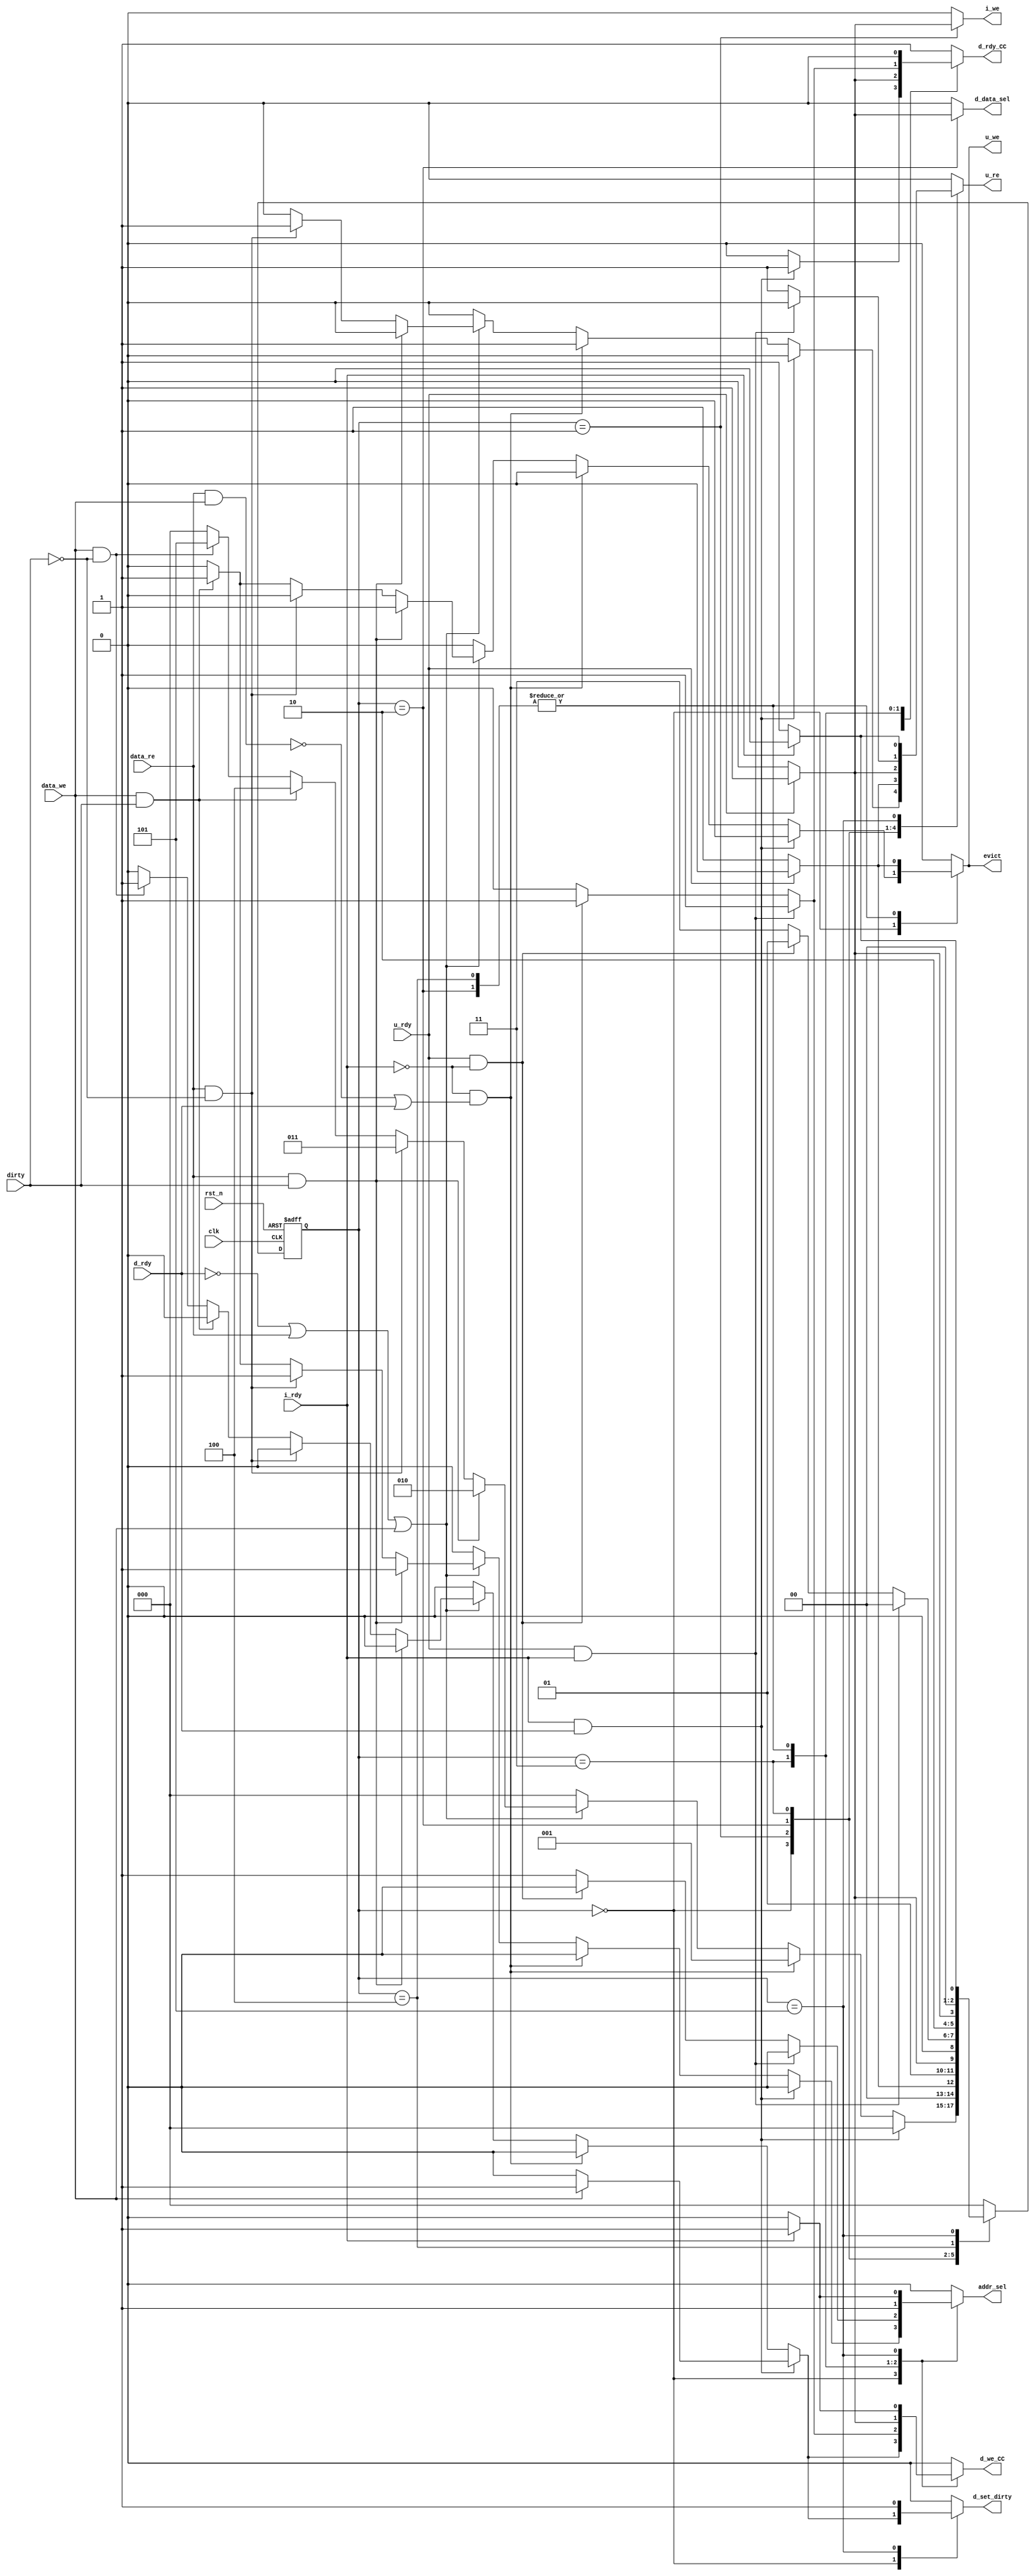
module cache_controller(
	// Inputs
	clk, rst_n, i_rdy, d_rdy, u_rdy, data_re, data_we, dirty,
	// Outputs
	u_re, u_we, d_we_CC, i_we, addr_sel, d_set_dirty, evict, d_data_sel, d_rdy_CC //, stall
	);
	
	// Inputs
	input wire clk, rst_n, i_rdy, d_rdy, dirty, u_rdy, data_re, data_we;
	
	// Outputs
	output reg u_re, u_we, i_we, addr_sel, d_set_dirty, evict, d_data_sel, d_we_CC, d_rdy_CC;//, stall;
	
	reg [2:0] current_state, next_state;

	localparam state_idle = 3'b000;
	localparam state_i_rd = 3'b001;
	localparam state_d_rd_evict = 3'b010;
	localparam state_d_rd_miss = 3'b011;
	localparam state_d_w_evict = 3'b100;
	localparam state_d_w_miss = 3'b101;
	

	
	always@(posedge clk, negedge rst_n) begin
		if(~rst_n)begin
			current_state <= 3'b000;
		end
		else begin
			current_state <= next_state;
		end
	end
	
	always@(current_state, i_rdy, u_rdy, d_rdy, dirty, data_re, data_we) begin
		// Defaults
		next_state = state_idle;
		evict = 0;
		u_re = 0;
		u_we = 0;
		//d_re = 0;
		d_we_CC = 0;
		i_we = 0;
		addr_sel = 0;
		d_set_dirty = 0;
		d_data_sel = 0;
		d_rdy_CC = 0;
		//stall = 0;
		
		case(current_state)
		
			/* Idle state */
			state_idle : begin
				if(i_rdy & d_rdy) begin
					next_state = state_idle;
					evict = 0;
					u_re = 0;
					u_we = 0;
					//d_re = 0;
					i_we = 0;
					addr_sel = 0;
					d_data_sel = 0;
					d_rdy_CC = 1;
					if(data_we) begin
						d_set_dirty = 1;
						d_we_CC = 1;
					end
					else begin
						d_set_dirty = 0;
						d_we_CC = 0;
					end
					//stall = 0;
				end
				else if (~i_rdy & (~(data_re & data_we) | d_rdy)) begin// & d_rdy & ~(d_re || d_we_CC)) begin
					next_state = state_i_rd;
					evict = 0;
					u_re = 1;
					u_we = 0;
					//d_re = 0;
					d_we_CC = 0;
					i_we = 0;
					addr_sel = 0;
					d_set_dirty = 0;
					d_data_sel = 0;
					d_rdy_CC = 0;
					//stall = 1;
				end
				else if (~d_rdy | data_re | data_we) begin
					if(data_re & dirty) begin // Here we evict data before handling the miss
						next_state = state_d_rd_evict;
						evict = 1; // Choose the reconstructed address for data being evicted
						u_re = 0;
						u_we = 1;
						//d_re = 0;
						d_we_CC = 0;
						i_we = 0;
						addr_sel = 1;
						d_set_dirty = 0;
						d_data_sel = 0;
						d_rdy_CC = 0;
					end
					else if(data_re & ~dirty) begin
						next_state = state_d_rd_miss;
						evict = 0;
						u_re = 1;
						u_we = 0;
						//d_re = 0;
						d_we_CC = 0;
						i_we = 0;
						addr_sel = 1;
						d_set_dirty = 0;
						d_data_sel = 0;
						d_rdy_CC = 0;
					end
					else if(data_we & dirty) begin // Here we evict data before handling the miss
						next_state = state_d_w_evict;
						evict = 1;
						u_re = 0;
						u_we = 1;
						//d_re = 0;
						d_we_CC = 0;
						i_we = 0;
						addr_sel = 1;
						d_set_dirty = 0;
						d_data_sel = 0;
						d_rdy_CC = 0;
					end
					else if(data_we & (~dirty/* || dirty === 1'bx*/)) begin
						next_state = state_d_w_miss;
						evict = 0;
						u_re = 0;
						u_we = 0;
						//d_re = 0;
						d_we_CC = 1;
						i_we = 0;
						addr_sel = 0;
						d_set_dirty = 1;
						d_data_sel = 0;
						d_rdy_CC = 0;
					end
				end
			end
			
			/* i_rd state : when there is an I-cache miss */
			state_i_rd : begin
				if(u_rdy) begin
					next_state = state_idle;
					evict = 0;
					u_re = 0;
					u_we = 0;
					//d_re = 0;
					d_we_CC = 0;
					i_we = 1;
					addr_sel = 0;
					d_set_dirty = 0;
					d_rdy_CC = 1;
				end
				else begin
					next_state = state_i_rd;
					evict = 0;
					u_re = 1;
					u_we = 0;
					//d_re = 0;
					d_we_CC = 0;
					i_we = 0;
					addr_sel = 0;
					d_set_dirty = 0;
					d_rdy_CC = 0;
				end
			end
			
			
			/* */
			state_d_rd_evict : begin
				if(u_rdy) begin
					next_state = state_d_rd_miss;
					evict = 0;
					u_re = 1;
					u_we = 0;
					//d_re = 0;
					d_we_CC = 1;
					i_we = 0;
					addr_sel = 1;
					d_set_dirty = 0;
					d_data_sel = 1;
					d_rdy_CC = 0;
				end
				else begin
					next_state = state_d_rd_evict;
					evict = 1;
					u_re = 0;
					u_we = 1;
					//d_re = 0;
					d_we_CC = 0;
					i_we = 0;
					addr_sel = 1;
					d_set_dirty = 0;
					d_data_sel = 0;
					d_rdy_CC = 0;
				end
			end
			
			
			/* */ 
			state_d_rd_miss : begin
				if(u_rdy & i_rdy) begin
					next_state = state_idle;
					evict = 0;
					u_re = 0;
					u_we = 0;
					//d_re = 0;
					d_we_CC = 1;
					i_we = 0;
					addr_sel = 0;
					d_set_dirty = 0;
					d_rdy_CC = 1;	
				end
				else if(u_rdy & ~i_rdy) begin
					next_state = state_i_rd;
					evict = 0;
					u_re = 1;
					u_we = 0;
					//d_re = 0;
					d_we_CC = 1;
					i_we = 0;
					addr_sel = 0;
					d_set_dirty = 0;
					d_rdy_CC = 1;	
				end
				else begin
					next_state = state_d_rd_miss;
					evict = 0;
					u_re = 1;
					u_we = 0;
					//d_re = 0;
					d_we_CC = 0;
					i_we = 0;
					addr_sel = 1;
					d_set_dirty = 0;	
					d_rdy_CC = 0;	
				end
			end
			
			
			/* */
			state_d_w_evict : begin
				if(u_rdy) begin
					next_state = state_d_w_miss;
					evict = 0;
					u_re = 0;
					u_we = 0;
					//d_re = 0;
					d_we_CC = 1;
					i_we = 0;
					addr_sel = 1;
					d_set_dirty = 0;
					d_data_sel = 0;		
					d_rdy_CC = 0;						
				end
				else begin
					next_state = state_d_w_evict;
					evict = 1;
					u_re = 0;
					u_we = 1;
					//d_re = 0;
					d_we_CC = 0;
					i_we = 0;
					addr_sel = 1;
					d_set_dirty = 0;
					d_data_sel = 0;
					d_rdy_CC = 0;	
				end
			end
			
			
			/* */
			state_d_w_miss : begin
				if(i_rdy) begin
					next_state = state_idle;
					evict = 0;
					u_re = 0;
					u_we = 0;
					//d_re = 0;
					d_we_CC = 1;
					i_we = 0;
					addr_sel = 1;
					d_data_sel = 0;
					d_set_dirty = 1;
					d_rdy_CC = 1;					
				end
				else if(~i_rdy) begin
					next_state = state_i_rd;
					evict = 0;
					u_re = 1;
					u_we = 0;
					//d_re = 0;
					d_we_CC = 0;
					i_we = 0;
					addr_sel = 0;
					d_data_sel = 0;
					d_set_dirty = 1;
					d_rdy_CC = 1;						
				end
				else begin
					next_state = state_d_w_miss;
					evict = 0;
					u_re = 0;
					u_we = 0;
					//d_re = 0;
					d_we_CC = 0;
					i_we = 0;
					addr_sel = 1;
					d_data_sel = 0;
					d_set_dirty = 0;
					d_rdy_CC = 0;	
				end
			end
			
			
			default : begin
				next_state = state_idle;
				evict = 0;
				u_re = 0;
				u_we = 0;
				//d_re = 0;
				d_we_CC = 0;
				i_we = 0;
				addr_sel = 0;
				d_set_dirty = 0;
				d_data_sel = 0;
				d_set_dirty = 0;
				d_rdy_CC = 1;
			end
		
		endcase	
	end


endmodule